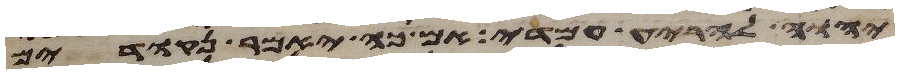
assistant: יהוה להריע עמדי אם כה יאמר נקודים